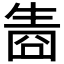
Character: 𤯬